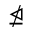
\ntrianglelefteq